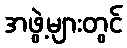
အဖွဲ့များတွင်